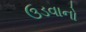
ઉડવાનો